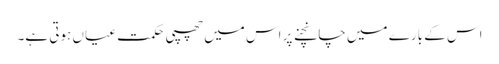
اس کے بارے میں چانچنے پر اس میں چھپی حکمت عیاں ہوتی ہے۔